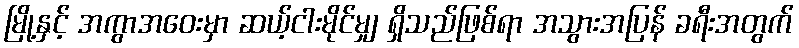
မြို့နှင့် အကွာအဝေးမှာ ဆယ့်ငါးမိုင်မျှ ရှိသည်ဖြစ်ရာ အသွားအပြန် ခရီးအတွက်